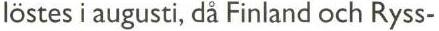
löstes i augusti, då Finland och Ryss-